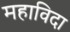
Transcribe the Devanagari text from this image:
महाविदा